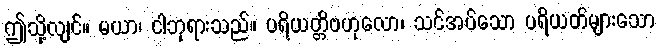
ဤသို့လျင်။ မယာ၊ ငါဘုရားသည်။ ပရိယတ္တိဗဟုလော၊ သင်အပ်သော ပရိယတ်များသော